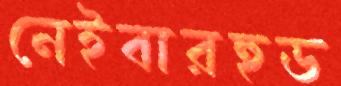
নেইবারহুড